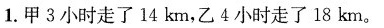
1.甲3小时走了14km，乙4小时走了18km。